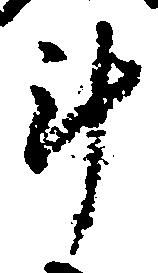
斗